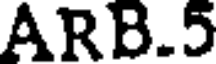
ARB.5